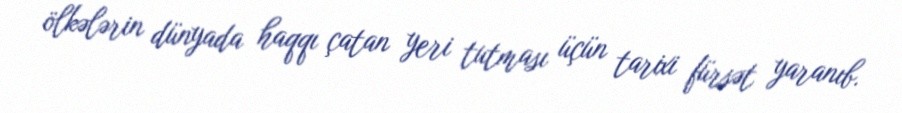
ölkələrin dünyada haqqı çatan yeri tutması üçün tarixi fürsət yaranıb.